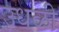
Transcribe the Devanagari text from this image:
उधळी